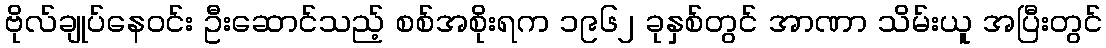
ဗိုလ်ချုပ်နေဝင်း ဦးဆောင်သည့် စစ်အစိုးရက ၁၉၆၂ ခုနှစ်တွင် အာဏာ သိမ်းယူ အပြီးတွင်